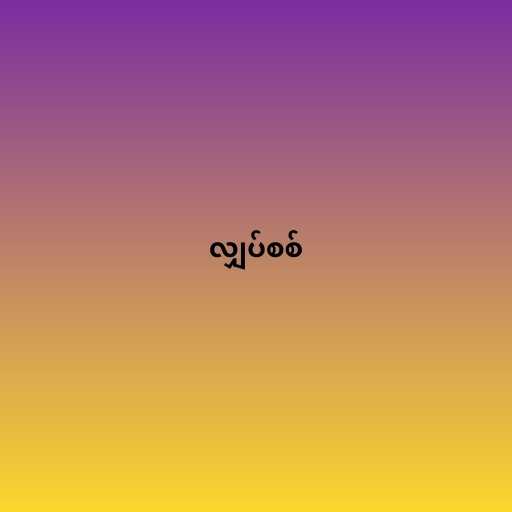
လျှပ်စစ်